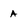
Character: A